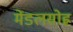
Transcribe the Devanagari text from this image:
मेंडलसोह्न